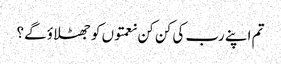
تم اپنے رب کی کن کن نعمتوں کو جھٹلاؤ گے؟